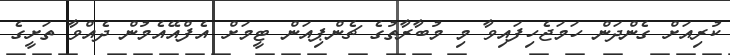
ކުރިއަށް ގެންދަން ހަމަޖެހިފައިވާ މި މުބާރާތުގެ ޗެންޕިއަން ޓީމަށް އެފްއޭއެމުން ދެއްވާ ތަށީގެ